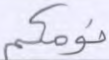
نومكم